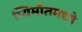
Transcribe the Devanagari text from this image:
प्यिमाँतमध्ये